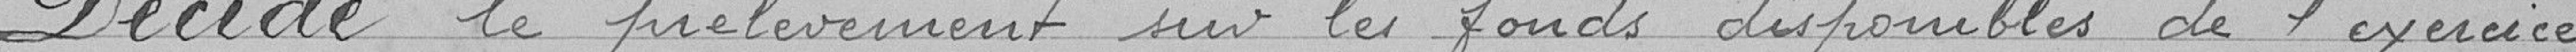
Décide le prélèvement sur les fonds disponibles de l'exercice